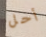
أحل